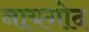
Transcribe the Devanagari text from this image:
नायगोद